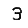
Digit: 3